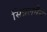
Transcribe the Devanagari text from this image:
सिग्नलमैन